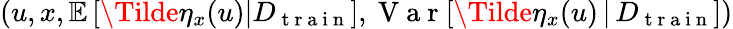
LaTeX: (u,x,\mathbb{E}\left[\Tilde{\eta}_{x}(u)\vert D_{\mathrm{~t~r~a~i~n~}}\right],\mathrm{~V~a~r~}[\Tilde{\eta}_{x}(u)\, \vert\, D_{\mathrm{~t~r~a~i~n~}}])